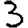
Digit: 3